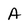
Character: A